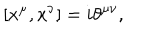
[ x ^ { \mu } , x ^ { \nu } ] = i \theta ^ { \mu \nu } ,